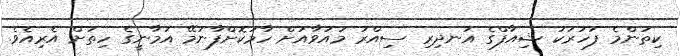
ކިތަންމެ ފަހަރަކު ޝިއާފްގެ އަނދިރި ސިއްރު މައުވާއަށް ހާމަކޮށްފާނަމޭ އަމާނީގެ ހިތަށް އެރިއެވެ.